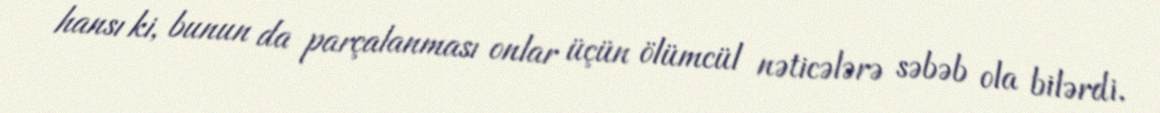
hansı ki, bunun da parçalanması onlar üçün ölümcül nəticələrə səbəb ola bilərdi.